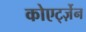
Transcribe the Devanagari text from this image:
कोएर्ट्ज़ेन